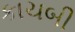
કાચબી